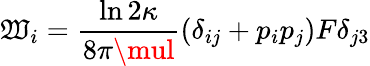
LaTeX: \mathfrak{W}_{i}=\frac{{\ln{2\kappa}}}{{8\pi\mul}}\left(\delta_{ij}+p_{i}p_{j}\right)F\delta_{j3}